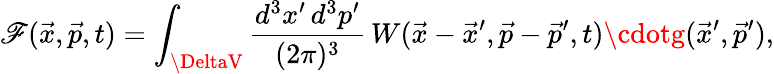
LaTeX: \mathscr{F}(\vec{{x}},\vec{{p}},t)=\int_{\DeltaV}{\frac{{d^{3}x^{\prime}\, d^{3}p^{\prime}}}{{(2\pi)^{3}}}}\, W(\vec{{x}}-\vec{{x}}^{\prime},\vec{{p}}-\vec{{p}}^{\prime},t)\cdotg(\vec{{x}}^{\prime},\vec{{p}}^{\prime}),